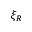
\xi _ { R }